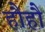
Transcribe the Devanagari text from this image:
हौहौ